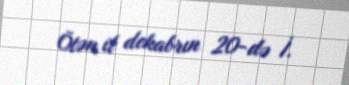
Ötən il dekabrın 20-də İ.